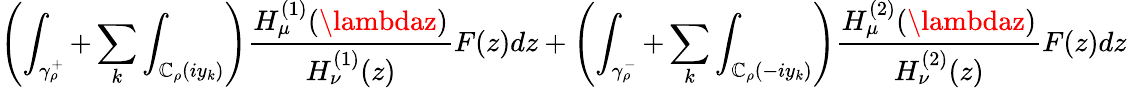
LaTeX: \left(\int_{\gamma_{\rho}^{+}}+\sum_{k}\int_{\mathbb{C}_{\rho}(iy_{k})}\right)\frac{{H_{\mu}^{(1)}(\lambdaz)}}{{H_{\nu}^{(1)}(z)}}F(z)dz+\left(\int_{\gamma_{\rho}^{-}}+\sum_{k}\int_{\mathbb{C}_{\rho}(-iy_{k})}\right)\frac{{H_{\mu}^{(2)}(\lambdaz)}}{{H_{\nu}^{(2)}(z)}}F(z)dz